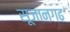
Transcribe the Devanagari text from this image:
सूजानगढ़